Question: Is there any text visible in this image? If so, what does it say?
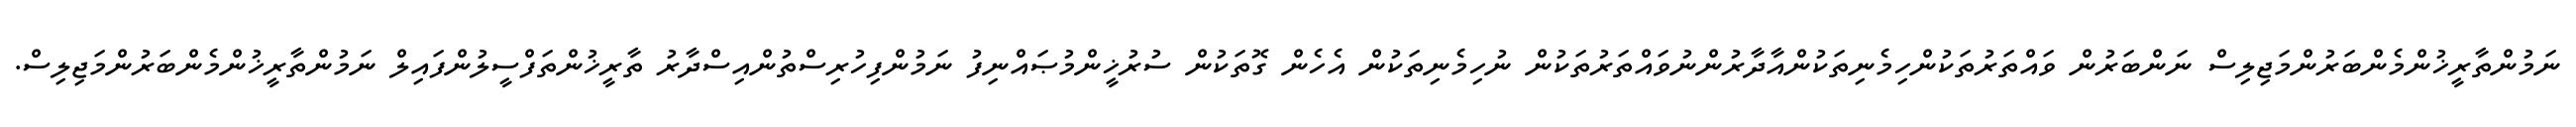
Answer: ނަމުންތާރީޚުންމެންބަރުންމަޖިލިސް ނަންބަރުން ވައްތަރުތަކުންހިމެނިތަކުންއާދާރުންނުވައްތަރުތަކުން ނުހިމެނިތަކުން އެހެން ގޮތަކުން ސުރުޚީންމުޞައްނިފު ނަމުންފިހުރިސްތުންއިސްދާރު ތާރީޚުންތަފްސީލުންފައިލް ނަމުންތާރީޚުންމެންބަރުންމަޖިލިސް.